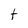
Character: t